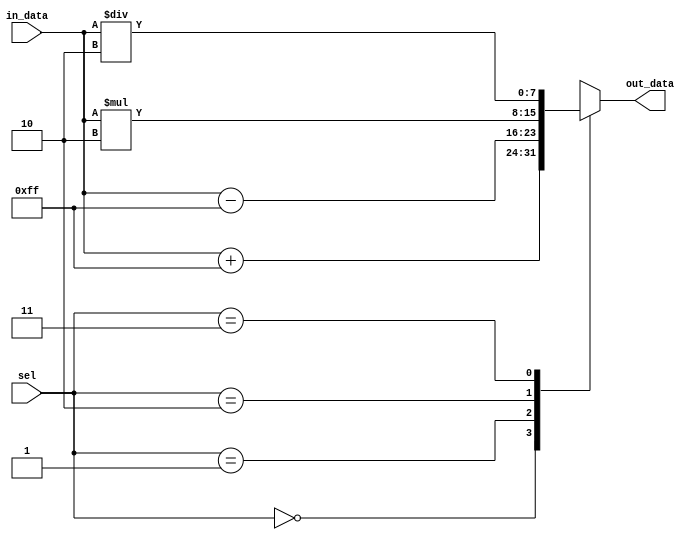
module case_statement_example(
    input [1:0] sel,
    input [7:0] in_data,
    output reg [7:0] out_data
);

always @(*)
begin
    case (sel)
        2'b00: out_data = in_data + 8'hFF;
        2'b01: out_data = in_data - 8'hFF;
        2'b10: out_data = in_data * 8'h02;
        2'b11: out_data = in_data / 8'h02;
    endcase
end

endmodule